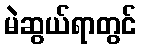
မဲဆွယ်ရာတွင်